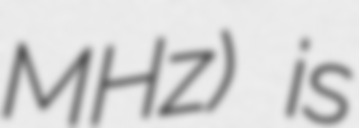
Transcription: MHz) is